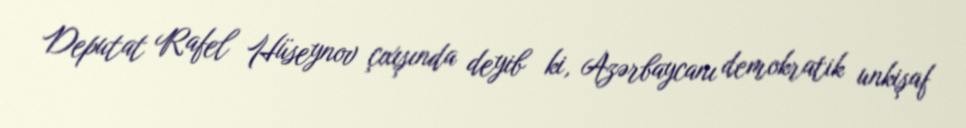
Deputat Rafel Hüseynov çıxışında deyib ki, Azərbaycanı demokratik unkişaf